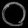
Digit: ၀